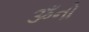
ૐનો